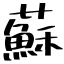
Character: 蘇